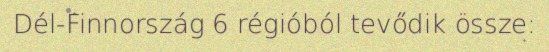
Dél-Finnország 6 régióból tevődik össze: